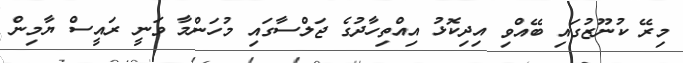
މިރޭ ކުނޫޒުގައި ބޭއްވި އިދިކޮޅު އިއްތިހާދުގެ ޖަލްސާގައި މުހަންމާ ވަނީ ރައީސް ޔާމިން